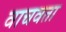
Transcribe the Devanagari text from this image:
वाचवता